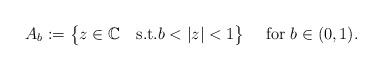
LaTeX: \begin{align*}A_{b}:=\big\{ z\in\mathbb{C}\quad\textnormal{s.t.}b<|z|<1\big\}\quad\mbox{ for }b\in(0,1).\end{align*}